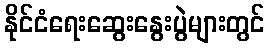
နိုင်ငံရေးဆွေးနွေးပွဲများတွင်